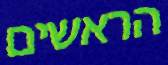
הראשים